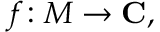
f \colon M \to \mathbf { C } ,